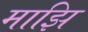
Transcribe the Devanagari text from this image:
माझि